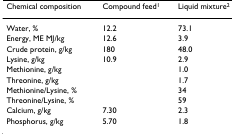
<table><thead><tr><td><b>Chemical composition</b></td><td><b>Compound feed<sup>1</sup></b></td><td><b>Liquid mixture<sup>2</sup></b></td></tr></thead><tbody><tr><td>Water, %</td><td>12.2</td><td>73.1</td></tr><tr><td>Energy, ME MJ/kg</td><td>12.6</td><td>3.9</td></tr><tr><td>Crude protein, g/kg</td><td>180</td><td>48.0</td></tr><tr><td>Lysine, g/kg</td><td>10.9</td><td>2.9</td></tr><tr><td>Methionine, g/kg</td><td></td><td>1.0</td></tr><tr><td>Threonine, g/kg</td><td></td><td>1.7</td></tr><tr><td>Methionine/Lysine, %</td><td></td><td>34</td></tr><tr><td>Threonine/Lysine, %</td><td></td><td>59</td></tr><tr><td>Calcium, g/kg</td><td>7.30</td><td>2.3</td></tr><tr><td>Phosphorus, g/kg</td><td>5.70</td><td>1.8</td></tr></tbody></table>